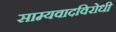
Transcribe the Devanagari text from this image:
साम्यवादविरोधी